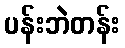
ပန်းဘဲတန်း